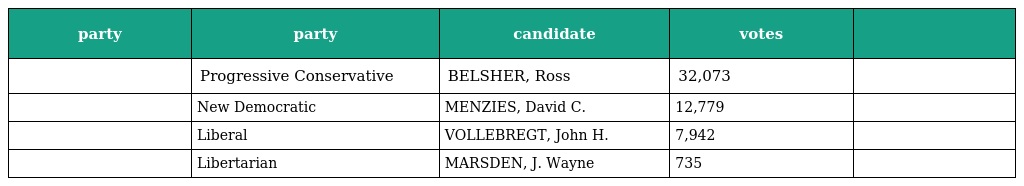
| party | party | candidate | votes |  |
 | --- | --- | --- | --- | --- |
 |  | Progressive Conservative | BELSHER, Ross | 32,073 |  |
 |  | New Democratic | MENZIES, David C. | 12,779 |  |
 |  | Liberal | VOLLEBREGT, John H. | 7,942 |  |
 |  | Libertarian | MARSDEN, J. Wayne | 735 |  |